Scientific memoirs by medical officers of the Army of India - Part III,
Year: 1887
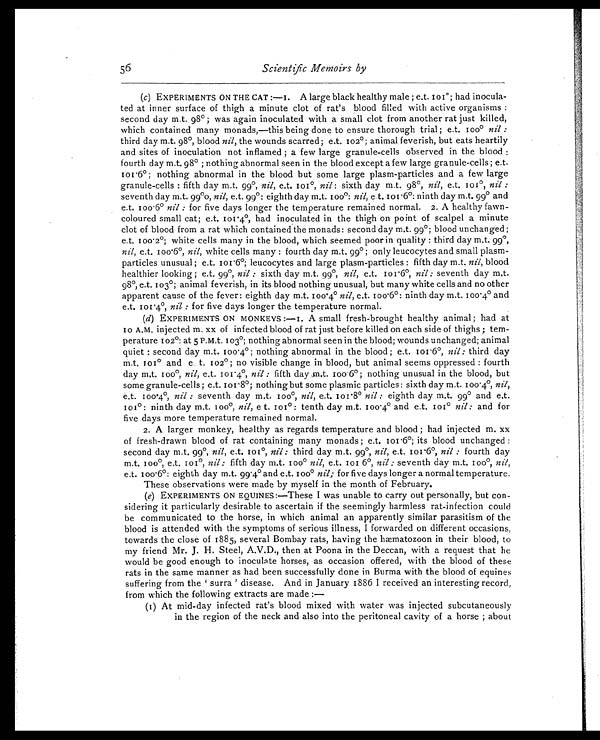
56 Scientific Memoirs by
(c) EXPERIMENTS ON THE CAT:—I. A large black healthy male ; e.t. 101°; had inocula-
ted at inner surface of thigh a minute clot of rat's blood filled with active organisms:
second day m.t. 98°; was again inoculated with a small clot from another rat just killed,
which contained many monads,—this being done to ensure thorough trial; e.t. 100° nil:
third day m.t. 98°, blood nil, the wounds scarred; e.t. 102°; animal feverish, but eats heartily
and sites of inoculation not inflamed; a few large granule-cells observed in the blood:
fourth day m.t. 98°; nothing abnormal seen in the blood except a few large granule-cells ; e.t.
101.6°; nothing abnormal in the blood but some large plasm-particles and a few large
granule-cells: fifth day m.t. 99°, nil, e.t. 101°, nil: sixth day m.t. 98°, nil, e.t. 101°, nil:
seventh day m.t. 99°o, nil, e.t. 99°: eighth day m.t. 100°: nil, e.t. 101.6°: ninth day m.t. 99° and
e.t. 100.6° nil: for five days longer the temperature remained normal. 2. A healthy fawn-
coloured small cat; e.t. 101.4°, had inoculated in the thigh on point of scalpel a minute
clot of blood from a rat which contained the monads: second day m.t. 99°; blood unchanged;
e.t. 100 . 2°; white cells many in the blood, which seemed poor in quality: third day m.t. 99°,
nil, e.t. 100.6°, nil, white cells many: fourth day m.t. 99°; only leucocytes and small plasm-
particles unusual; e.t. 101.6°; leucocytes and large plasm-particles: fifth day m.t. nil, blood
healthier looking; e.t. 99°, nil: sixth day m.t. 99°, nil, e.t. 101.6°, nil: seventh day m.t.
98°, e.t. 103°; animal feverish, in its blood nothing unusual, but many white cells and no other
apparent cause of the fever: eighth day m.t. 100.4° nil, e.t. 100.6°: ninth day m.t. 100.4° and
e.t. 101.4°, nil: for five days longer the temperature normal.
(d) EXPERIMENTS ON MONKEYS:—I. A small fresh-brought healthy animal; had at
10 A.M. injected m. xx of infected blood of rat just before killed on each side of thighs; tem-
perature 102°: at 5 P.M.t. 103°; nothing abnormal seen in the blood; wounds unchanged; animal
quiet: second day m.t. 100.4°; nothing abnormal in the blood; e.t. 101.6°, nil: third day
m.t. 101° and e. t. 102°; no visible change in blood, but animal seems oppressed: fourth
day m.t. 100°, nil, e.t. 101.4°(
e)
, nil: fifth day m.t. 100.6°; nothing unusual in the blood, but
some granule-cells ; e.t. 101.8°; nothing but some plasmic particles: sixth day m.t. 100.4°, nil,
e.t. 100.4°, nil: seventh day m.t. 100°, nil, e.t. 101.8° nil: eighth day m.t. 99° and e.t.
101°: ninth day m.t. 100°, nil, e t. 101°: tenth day m.t. 100.4° and e.t. 101°n i l :
a n d f o r
five days more temperature remained normal.
2. A larger monkey, healthy as regards temperature and blood; had injected m. xx
of fresh-drawn blood of rat containing many monads; e.t. 101.6°; its blood unchanged:
second day m.t. 99°, nil, e.t. 101°, nil: third day m.t. 99°, nil, e.t. 101.6°, nil: fourth day
m.t. 100°, e.t. 101°, nil: fifth day m.t. 100° nil, e.t. 101.6°, nil: seventh day m.t. 100°, nil,
e.t. 100.6°: eighth day m.t. 99.4° and e.t. 100° nil; for five days longer a normal temperature.
These observations were made by myself in the month of February.
(f) EXPERIMENTS ON EQUINES :—These I was unable to carry out personally, but con-
sidering it particularly desirable to ascertain if the seemingly harmless rat-infection could
be communicated to the horse, in which animal an apparently similar parasitism of the
blood is attended with the symptoms of serious illness, I forwarded on different occasions,
towards the close of 1885, several Bombay rats, having the hæmatozoon in their blood, to
my friend Mr. J. H. Steel, A.V.D., then at Poona in the Deccan, with a request that he
would be good enough to inoculate horses, as occasion offered, with the blood of these
rats in the same manner as had been successfully done in Burma with the blood of equines
suf f er i ng f r om t he ' sur r a' di sease. And i n Januar y 1886 I r ecei ved an i nt er est i ng r ecor d,
from which the following extracts are made:—
(I) At mid-day infected rat's blood mixed with water was injected subcutaneously
in the region of the neck and also into the peritoneal cavity of a horse; about